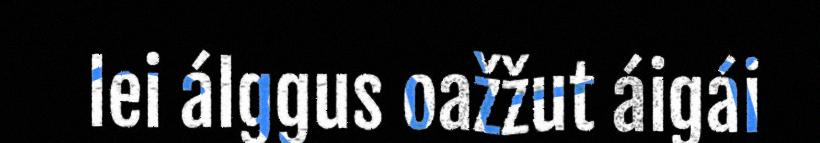
lei álggus oažžut áigái